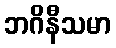
ဘဂိနီသမာ